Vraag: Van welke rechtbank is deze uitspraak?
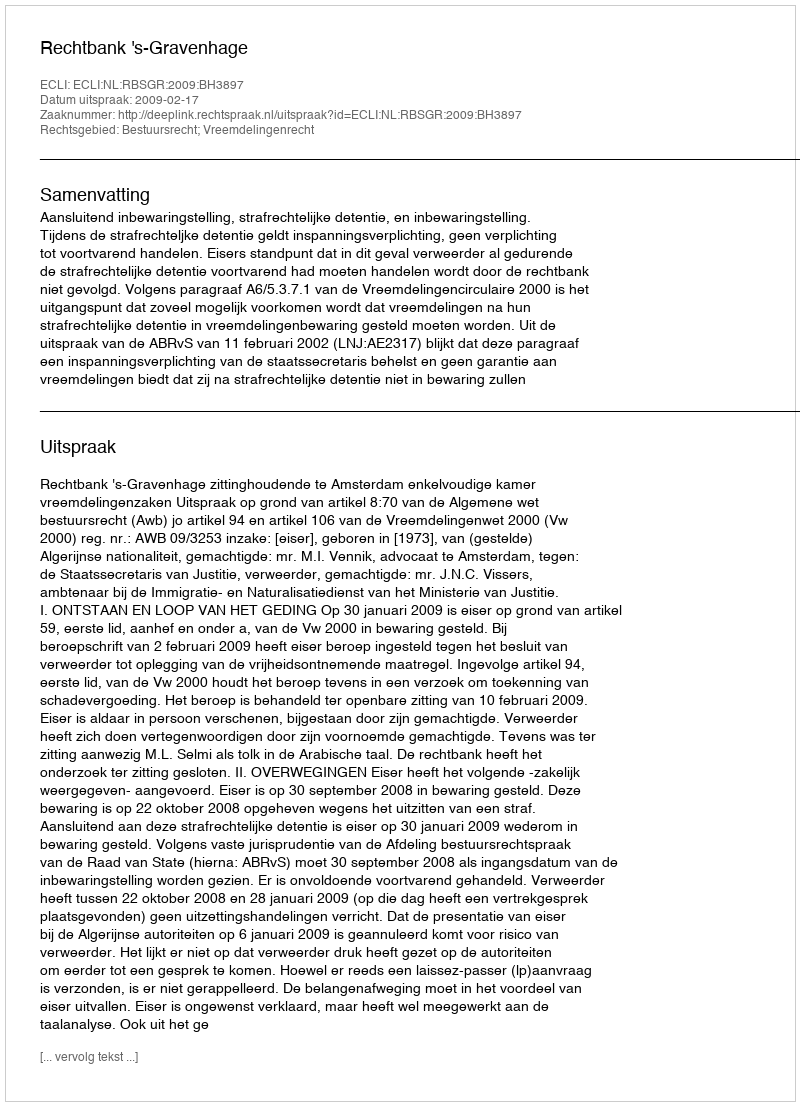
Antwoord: Rechtbank 's-Gravenhage